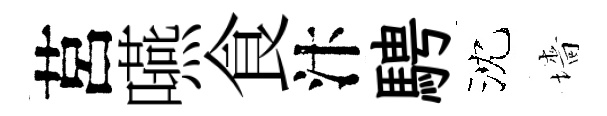
莒嚥食汴騁沈墻